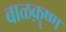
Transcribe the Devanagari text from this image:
बाळक़ॄष्‍ण